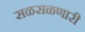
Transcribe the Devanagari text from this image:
सळसळणारी